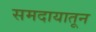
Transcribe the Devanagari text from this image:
समदायातून